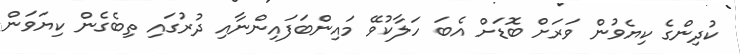
ކުދިންގެ ކިޔެވުން ވަރަށް ބޮޑަށް އެބަ ހަލާކުވޭ މައިންބަފައިންނާއި ދުރުގައި ތިބެގެން ކިޔަވަން